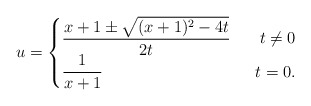
\begin{align*} u=\begin{cases} \begin{aligned}&\frac{x+1 \pm \sqrt{(x+1)^2-4t}}{2t} ~~ & t\neq 0\\&\frac{1}{x+1} & t=0.\end{aligned}\end{cases}\end{align*}